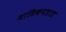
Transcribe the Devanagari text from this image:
मासिकपत्रात